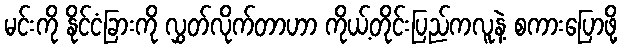
မင်းကို နိုင်ငံခြားကို လွှတ်လိုက်တာဟာ ကိုယ့်တိုင်းပြည်ကလူနဲ့ စကားပြောဖို့